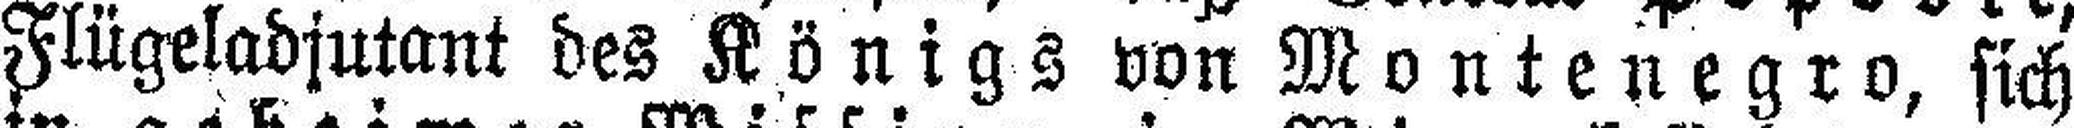
Flügeladjutant des Königs von Montenegro, sich